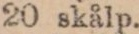
20 skålp.